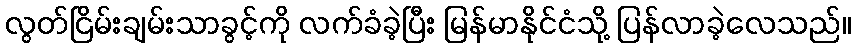
လွတ်ငြိမ်းချမ်းသာခွင့်ကို လက်ခံခဲ့ပြီး မြန်မာနိုင်ငံသို့ ပြန်လာခဲ့လေသည်။